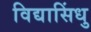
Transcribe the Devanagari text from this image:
विद्यासिंधु